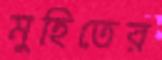
মুহিতের